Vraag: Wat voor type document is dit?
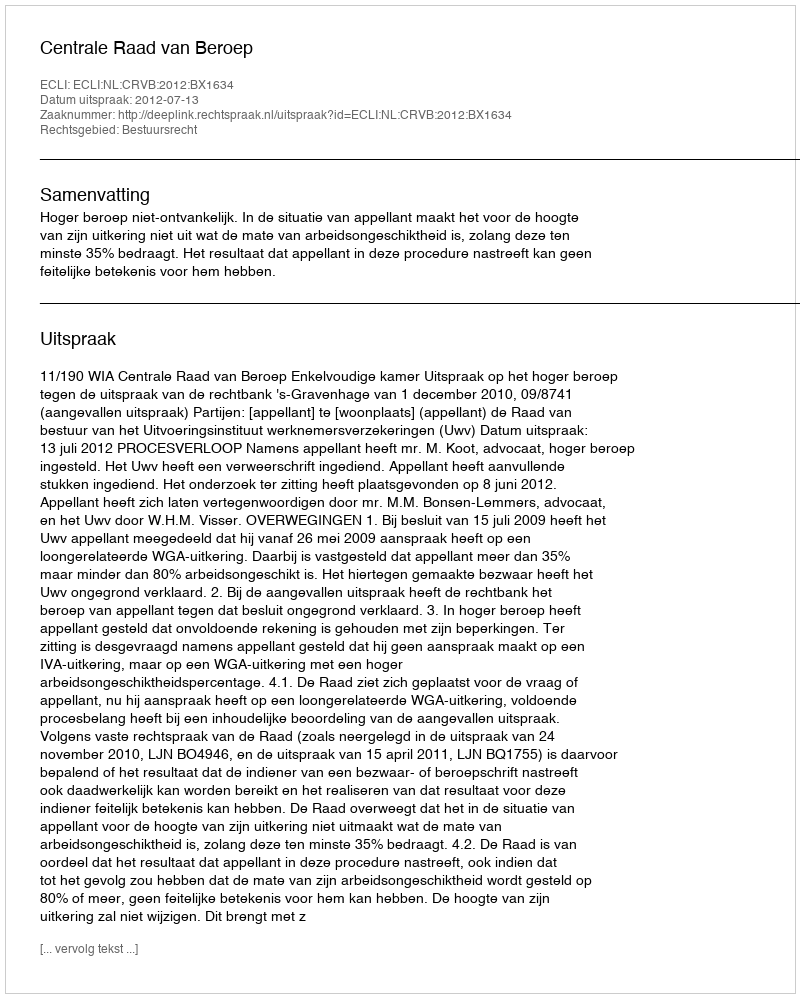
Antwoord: Uitspraak